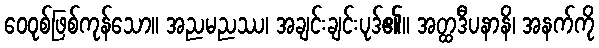
ဝေဝုစ်ဖြစ်ကုန်သော။ အညမညဿ၊ အချင်းချင်းပုဒ်၏။ အတ္ထဒီပနာနိ၊ အနက်ကို